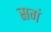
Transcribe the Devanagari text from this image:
सगं